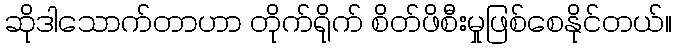
ဆိုဒါသောက်တာဟာ တိုက်ရိုက် စိတ်ဖိစီးမှုဖြစ်စေနိုင်တယ်။